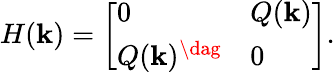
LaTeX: H(\textbf{k})=\left[\begin{array}{ll}{0}&{Q(\textbf{k})}\\ {Q(\textbf{k})^{\dag}}&{0}\end{array}\right].